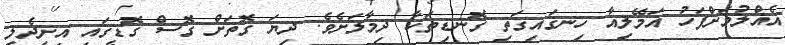
އެއްލުމަށްފަހު އަމޭލިއާ ހިނގައިގަތި ގޮނޑިތަކާ ދިމާލަށެވެ. ދިޔަ ގޮތަށް ގޮސް ގޮޑީގައި އިށީދެލީ